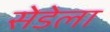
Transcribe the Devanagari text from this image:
सेडेला